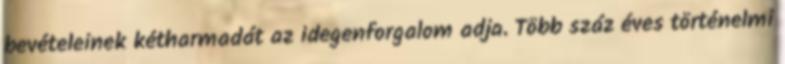
bevételeinek kétharmadát az idegenforgalom adja. Több száz éves történelmi